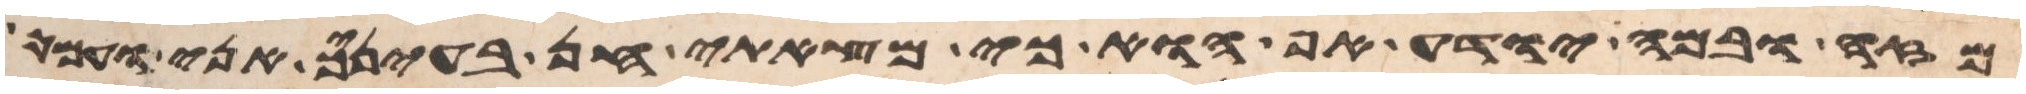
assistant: מזה ובמה יודע אפוא כי מצאתי חן בעיניך אני ועמך